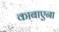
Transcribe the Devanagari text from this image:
काबाएना